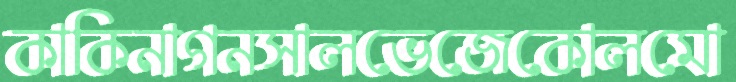
কাকিনাগনসালভেজেকোলমো